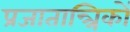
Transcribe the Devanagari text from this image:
प्रजातान्त्रिकों